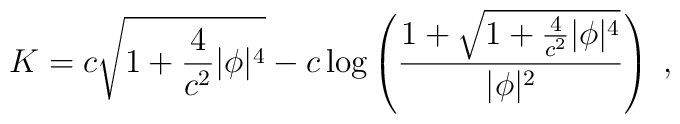
K = c\sqrt{1 + {4\over c^2} |\phi|^4}    - c\log\left( {1 + \sqrt{1 + {4\over c^2} |\phi|^4}                  \over |\phi|^2 } \right) \;,